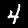
Digit: 4